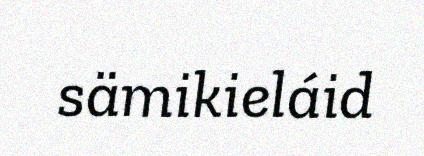
sämikieláid